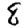
Digit: 8